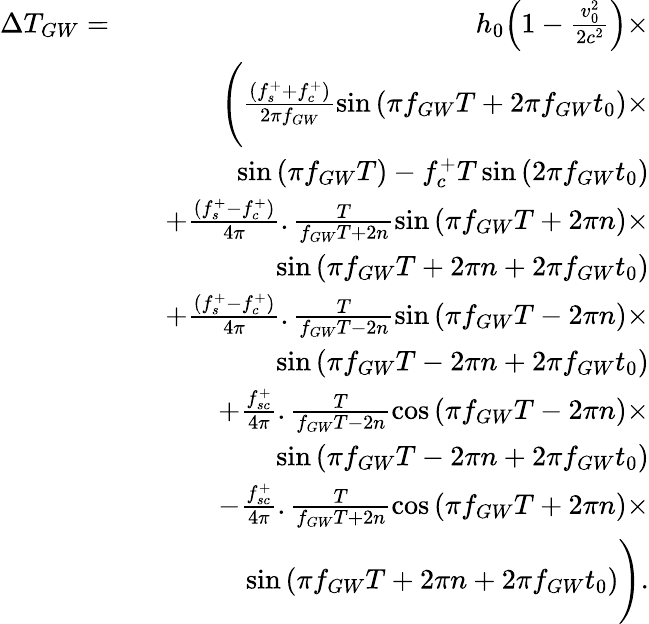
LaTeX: \begin{array}{rlr}{\Delta T_{GW}=}&{}&{h_{0}\Bigl(1-\frac{v_{0}^{2}}{2c^{2}}\Bigr)\times}\\ &{}&{\Biggl(\frac{(f_{s}^{+}+f_{c}^{+})}{2\pi f_{GW}}\sin{(\pi f_{GW}T+2\pi f_{GW}t_{0})}\times}\\ &{}&{\sin{(\pi f_{GW}T)}-f_{c}^{+}T\sin{(2\pi f_{GW}t_{0})}}\\ &{}&{+\frac{(f_{s}^{+}-f_{c}^{+})}{4\pi}.\frac{T}{f_{GW}T+2n}\sin{(\pi f_{GW}T+2\pi n)}\times}\\ &{}&{\sin{(\pi f_{GW}T+2\pi n+2\pi f_{GW}t_{0})}}\\ &{}&{+\frac{(f_{s}^{+}-f_{c}^{+})}{4\pi}.\frac{T}{f_{GW}T-2n}\sin{(\pi f_{GW}T-2\pi n)}\times}\\ &{}&{\sin{(\pi f_{GW}T-2\pi n+2\pi f_{GW}t_{0})}}\\ &{}&{+\frac{f_{sc}^{+}}{4\pi}.\frac{T}{f_{GW}T-2n}\cos{(\pi f_{GW}T-2\pi n)}\times}\\ &{}&{\sin{(\pi f_{GW}T-2\pi n+2\pi f_{GW}t_{0})}}\\ &{}&{-\frac{f_{sc}^{+}}{4\pi}.\frac{T}{f_{GW}T+2n}\cos{(\pi f_{GW}T+2\pi n)}\times}\\ &{}&{\sin{(\pi f_{GW}T+2\pi n+2\pi f_{GW}t_{0})}\Biggr).}\end{array}